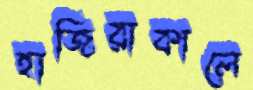
হাজিরাকালে